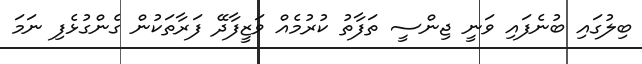
ބިލުގައި ބުނެފައި ވަނީ ޖިންސީ ތަފާތު ކުރުމެއް ވަޒީފާދޭ ފަރާތަކުން ގެންގުޅެފި ނަމަ